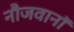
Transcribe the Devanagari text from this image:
नौजवानॉ